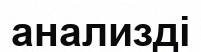
анализді